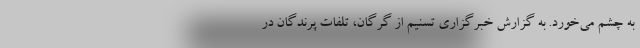
به چشم می‌خورد. به گزارش خبرگزاری تسنیم از گرگان، تلفات پرندگان در